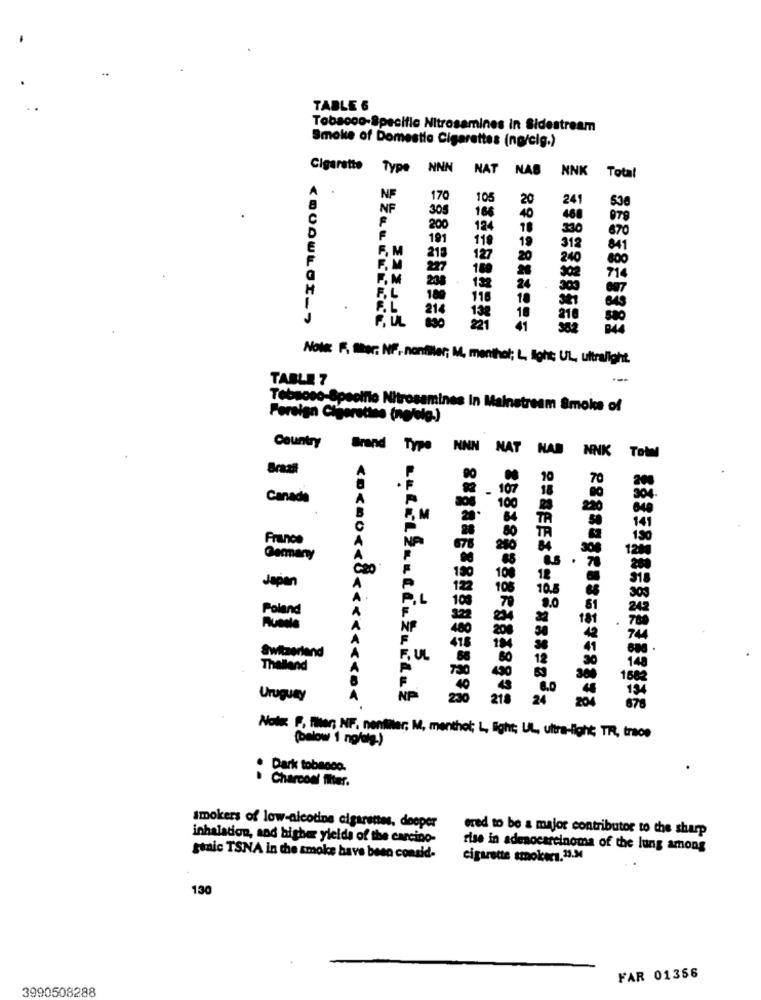
TABLE 6
Tobacco-Specific Nitrosamines in Sidestream
Smoke of Domestic Cigarettes (ng/cig.)
Cigarette Type NNN NAT
NAB NNK
Total
NE
170
105
20
241
NF
305
16
538
C
40
460
079
200
124
18
330
670
191
119
19
E
FM
312
841
213
127
20
240
800
F. M
227
180
F. M
238
302
714
H
132
24
300
1
189
116
10
F. L
214
138
10
210
890
221
41
582
Nous: F. Sher. NF. nonfiler; M, menthol; L, light; UL, ultralight.
TABLE 7
Tebpoco-Specific Nitrosamines In Mainstream Smoke of
Foreign Cigarettes (nefele-)
Country
Brand Type NNN NAT NAB NNK Total
10
70
- 107
18
Canada
304
100
220
, M
TR
141
France
À
Germanyy
Japan
A
10.
P.L
Poland
A
A
Switzerland
, UL
Theland
6.0
Uruguay
<<<.<<< > <<<<<<<<<
NP
230
218
24
Note: F. fler; NF. nentiler; M, menthol; L, light; UL, ultra-light; TR, trace
(below 1 ng/eig.)
. Dark tobacco.
· Charcoal filter.
smokers of low-nicotine cigarettes, deeper
ered to be a major contributor to the sharp
inhalation, and higher yleids of the carcino-
rise in adenocarcinoma of the lung among
genic TSNA in the smoke have been consid-
cigarette smokeca.23.34
130
FAR 01356
3990508288